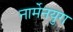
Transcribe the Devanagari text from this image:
नार्मेनयुग